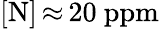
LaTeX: [\mathrm{N}]\, {\approx}\, 20~\mathrm{ppm}